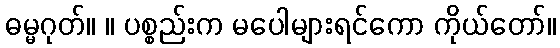
ဓမ္မဂုတ်။ ။ ပစ္စည်းက မပေါများရင်ကော ကိုယ်တော်။